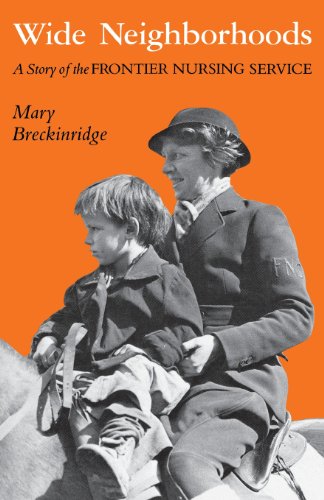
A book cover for Wide Neighborhoods: A Story of the Frontier Nursing Service; Mary Breckinridge; Biographies & Memoirs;